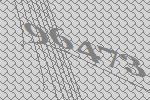
96473